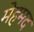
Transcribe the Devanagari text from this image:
मेहमद